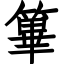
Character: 篳